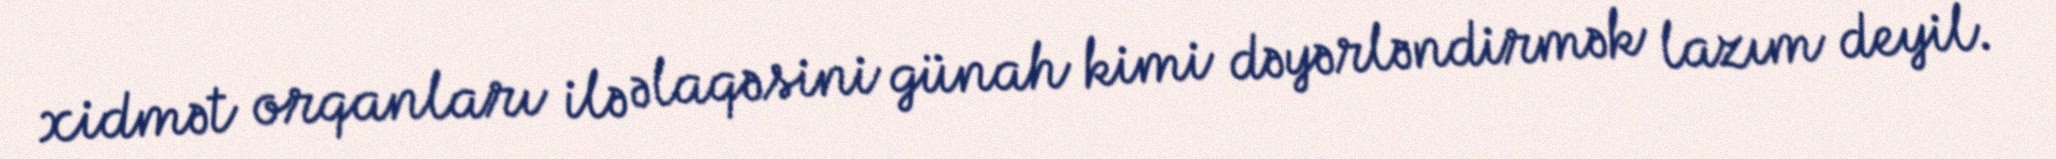
xidmət orqanları ilə əlaqəsini günah kimi dəyərləndirmək lazım deyil.